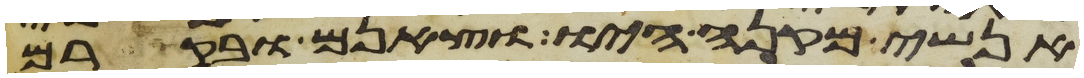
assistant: אנשי מקנה היו וצאנם ובקרם